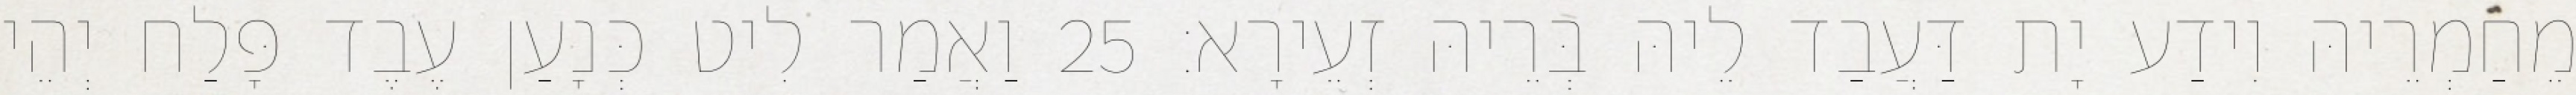
מֵחַמְרֵיהּ וִידַע יָת דַּעֲבַד לֵיהּ בְּרֵיהּ זְעֵירָא׃ 25 וַאֲמַר לִיט כְּנָעַן עֶבֶד פָּלַח יְהֵי